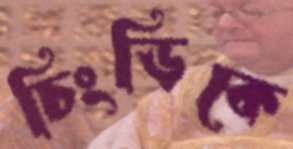
চিংড়িকে